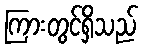
ကြားတွင်ရှိသည်